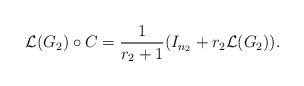
LaTeX: \begin{align*}\mathcal{L}(G_2)\circ{C}=\dfrac{1}{r_2+1}(I_{n_2}+r_2\mathcal{L}(G_2)).\end{align*}